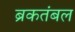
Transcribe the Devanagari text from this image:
ब्रकतंबल